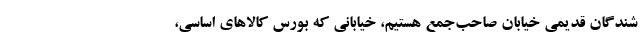
شندگان قدیمی خیابان صاحب‌جمع هستیم، خیابانی که بورس کالاهای اساسی،